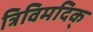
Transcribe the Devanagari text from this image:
त्रिविमदिक्